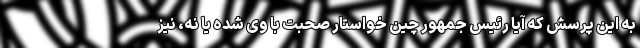
به این پرسش که آیا رئیس جمهور چین خواستار صحبت با وی شده یا نه، نیز